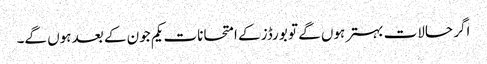
اگر حالات بہتر ہوں گے تو بورڈز کے امتحانات یکم جون کے بعد ہوں گے۔